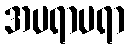
အပရာပရာ